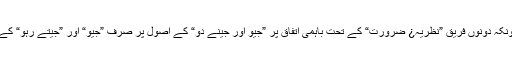
یہ سب کچھ بہت دنوں سے ہو رہا ہے کیونکہ دونوں فریق ”نظریہ¿ ضرورت“ کے تحت باہمی اتفاق پر ”جیو اور جینے دو“ کے اُصول پر صرف ”جیو“ اور ”جیتے رہو“ کے کام سے لگے ”جیو“ دیکھتے رہتے ہیں!